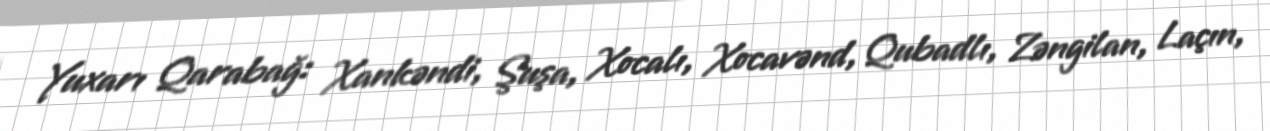
Yuxarı Qarabağ: Xankəndi, Şuşa, Xocalı, Xocavənd, Qubadlı, Zəngilan, Laçın,